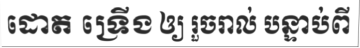
ដោត ទ្រើង ឲ្យ រួចរាល់ បន្ទាប់ពី